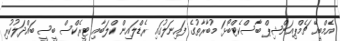
އެމްބީއޭ ޗެމްޕިއަންޝިޕް ބާސްކެޓްބޯޅަ މުބާރާތުގެ ފައިނަލުގައި ރެޑްލައިން ކްލަބާއި ޓީރެކްސް ބީސީ ބައްދަލުކުރި